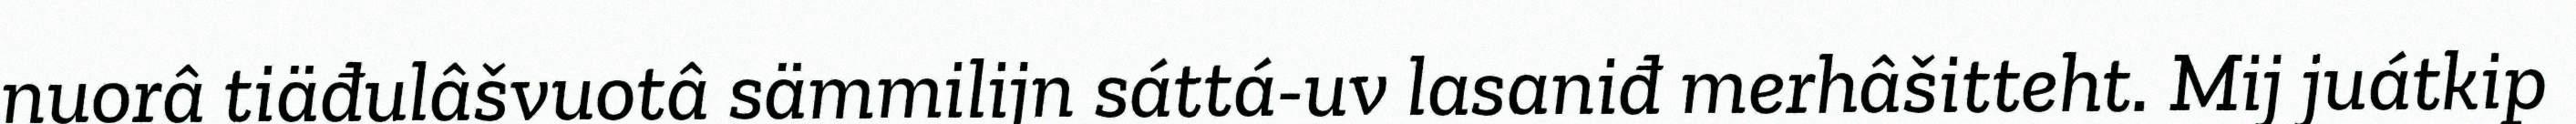
nuorâ tiäđulâšvuotâ sämmilijn sáttá-uv lasaniđ merhâšitteht. Mij juátkip